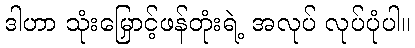
ဒါဟာ သုံးမြှောင့်ဖန်တုံးရဲ့ အလုပ် လုပ်ပုံပါ။